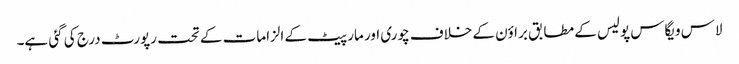
لاس ویگاس پولیس کے مطابق براؤن کے خلاف چوری اور مار پیٹ کے الزامات کے تحت رپورٹ درج کی گئی ہے۔